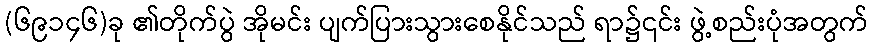
(၆၉၁၄၆)ခု ၏တိုက်ပွဲ အိုမင်း ပျက်ပြားသွားစေနိုင်သည် ရာ၌၎င်း ဖွဲ့စည်းပုံအတွက်